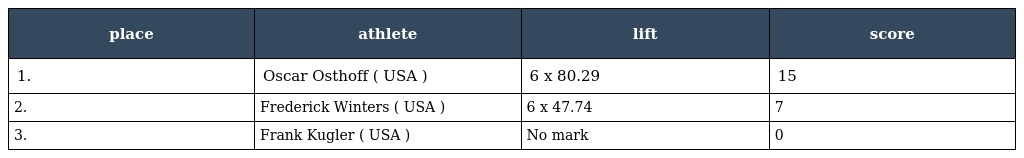
| place | athlete | lift | score |
 | --- | --- | --- | --- |
 | 1. | Oscar Osthoff ( USA ) | 6 x 80.29 | 15 |
 | 2. | Frederick Winters ( USA ) | 6 x 47.74 | 7 |
 | 3. | Frank Kugler ( USA ) | No mark | 0 |